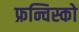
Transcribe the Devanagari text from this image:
फ्रन्चिस्को